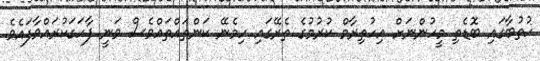
ހުތުބާގައި ބޮޑެތި މީހުންނަށް އިހުތިރާމް ކުރުމުގެ ތެރޭގައި ހިމެނޭ ކަންތައްތައްވެސް ވަނީ ފާހަގަކުރައްވާފައެވެ.